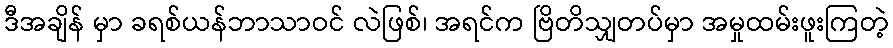
ဒီအချိန် မှာ ခရစ်ယန်ဘာသာဝင် လဲဖြစ်၊ အရင်က ဗြိတိသျှတပ်မှာ အမှုထမ်းဖူးကြတဲ့